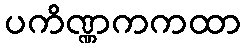
ပကိဏ္ဏကကထာ